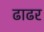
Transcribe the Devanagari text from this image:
ढाढर